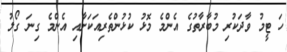
ހަ ޓީމު ވާދަކުރި މުބާރާތުގެ އެންމެ މޮޅު ކުޅުންތެރިއަކަށާއި އެންމެ ގިނަ ގޯލު